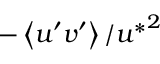
- \left\langle u ^ { \prime } v ^ { \prime } \right\rangle / { u ^ { * } } ^ { 2 }